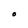
Character: O